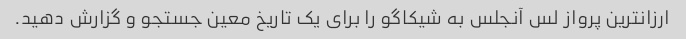
ارزانترین پرواز لس آنجلس به شیکاگو را برای یک تاریخ معین جستجو و گزارش دهید.